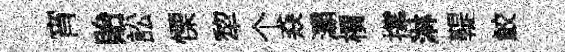
宵貽訟慄犂个猋灞檟撑淋鞮鮫